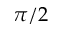
\pi / 2